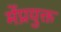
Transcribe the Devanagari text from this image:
मेंप्रयुक्त